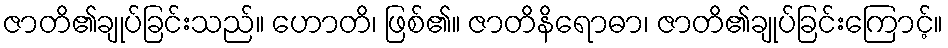
ဇာတိ၏ချုပ်ခြင်းသည်။ ဟောတိ၊ ဖြစ်၏။ ဇာတိနိရောဓာ၊ ဇာတိ၏ချုပ်ခြင်းကြောင့်။